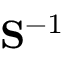
{ \bf S } ^ { - 1 }